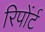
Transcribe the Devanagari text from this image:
रिपोंर्ट